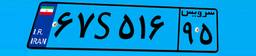
۶۷S۵۱۶۹۵